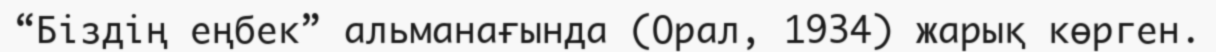
“Біздің еңбек” альманағында (Орал, 1934) жарық көрген.